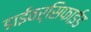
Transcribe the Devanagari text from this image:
डाईवर्सिफाईड